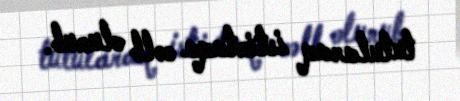
tutularaq istintaqa cəlb olunub.